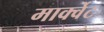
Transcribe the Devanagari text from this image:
मार्क्वेट